Report on the bubonic plague in Bombay, 1896-1897
Year: 1896
Disease focus: Plague
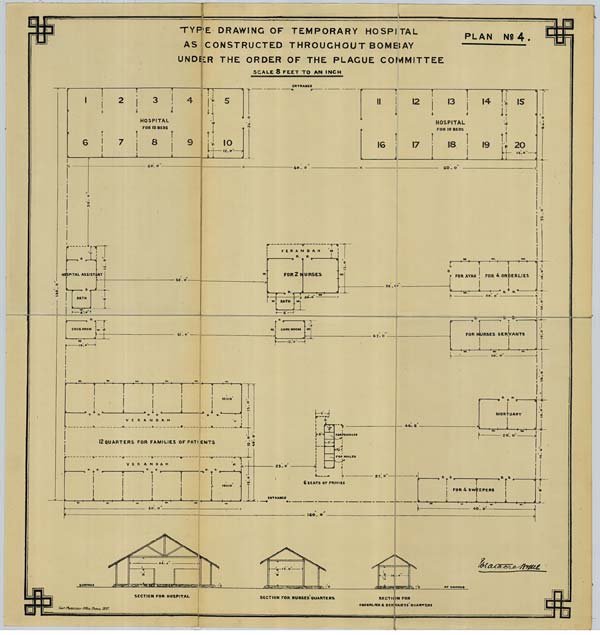
PLAN No. 4.
TYPE DRAWING OF TEMPORARY HOSPITAL
AS CONSTRUCTED THROUGHOUT BOMBAY
UNDER THE ORDER OF THE PLAGUE COMMITTEE
SCALE 8 FEET TO AN INCH